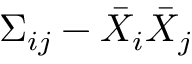
\Sigma _ { i j } - \bar { X } _ { i } \bar { X } _ { j }